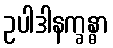
ဥပါဒါနက္ခန္ဓာ